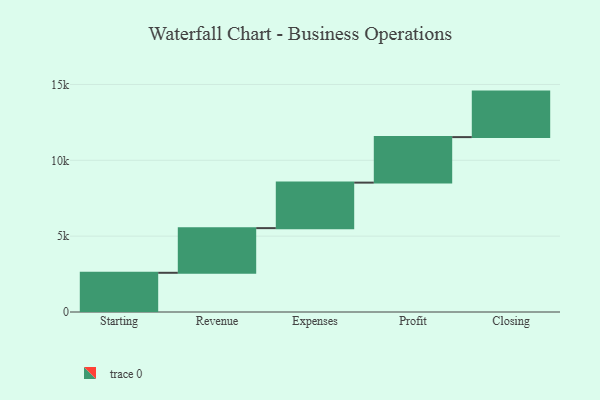
{"axis": {"x": "Step", "y": "Value"}, "legend": [""], "data": [{"x": "Starting", "y": 2584.0, "type": ""}, {"x": "Revenue", "y": 2945.0, "type": ""}, {"x": "Expenses", "y": 3000, "type": ""}, {"x": "Profit", "y": 3000, "type": ""}, {"x": "Closing", "y": 3000, "type": ""}]}